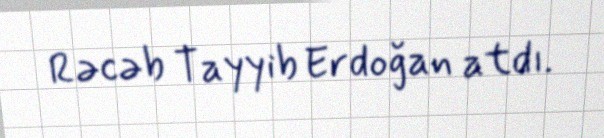
Rəcəb Tayyib Erdoğan atdı.